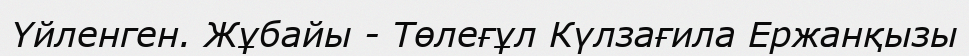
Үйленген. Жұбайы - Төлеғұл Күлзағила Ержанқызы